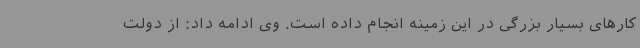
کارهای بسیار بزرگی در این زمینه انجام داده است. وی ادامه داد: از دولت